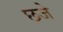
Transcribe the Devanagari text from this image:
छजे